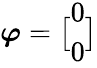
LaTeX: \boldsymbol{\varphi}=\bigl[\begin{array}{l}{0}\\ {0}\end{array}\bigr]